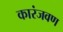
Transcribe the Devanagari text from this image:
कारंजवण